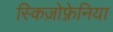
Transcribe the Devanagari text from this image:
स्किज़ोफ़्रेनिया